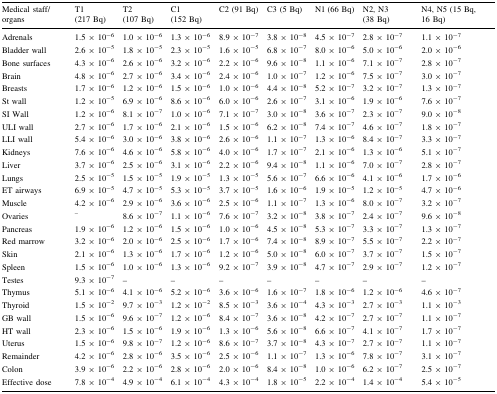
<table><thead><tr><td><b>Medical staff/organs</b></td><td><b>T1 (217 Bq)</b></td><td><b>T2 (107 Bq)</b></td><td><b>C1 (152 Bq)</b></td><td><b>C2 (91 Bq)</b></td><td><b>C3 (5 Bq)</b></td><td><b>N1 (66 Bq)</b></td><td><b>N2, N3 (38 Bq)</b></td><td><b>N4, N5 (15 Bq, 16 Bq)</b></td></tr></thead><tbody><tr><td>Adrenals</td><td>1.5 × 10<sup>−6</sup></td><td>1.0 × 10<sup>−6</sup></td><td>1.3 × 10<sup>−6</sup></td><td>8.9 × 10<sup>−7</sup></td><td>3.8 × 10<sup>−8</sup></td><td>4.5 × 10<sup>−7</sup></td><td>2.8 × 10<sup>−7</sup></td><td>1.1 × 10<sup>−7</sup></td></tr><tr><td>Bladder wall</td><td>2.6 × 10<sup>−5</sup></td><td>1.8 × 10<sup>−5</sup></td><td>2.3 × 10<sup>−5</sup></td><td>1.6 × 10<sup>−5</sup></td><td>6.8 × 10<sup>−7</sup></td><td>8.0 × 10<sup>−6</sup></td><td>5.0 × 10<sup>−6</sup></td><td>2.0 × 10<sup>−6</sup></td></tr><tr><td>Bone surfaces</td><td>4.3 × 10<sup>−6</sup></td><td>2.6 × 10<sup>−6</sup></td><td>3.2 × 10<sup>−6</sup></td><td>2.2 × 10<sup>−6</sup></td><td>9.6 × 10<sup>−8</sup></td><td>1.1 × 10<sup>−6</sup></td><td>7.1 × 10<sup>−7</sup></td><td>2.8 × 10<sup>−7</sup></td></tr><tr><td>Brain</td><td>4.8 × 10<sup>−6</sup></td><td>2.7 × 10<sup>−6</sup></td><td>3.4 × 10<sup>−6</sup></td><td>2.4 × 10<sup>−6</sup></td><td>1.0 × 10<sup>−7</sup></td><td>1.2 × 10<sup>−6</sup></td><td>7.5 × 10<sup>−7</sup></td><td>3.0 × 10<sup>−7</sup></td></tr><tr><td>Breasts</td><td>1.7 × 10<sup>−6</sup></td><td>1.2 × 10<sup>−6</sup></td><td>1.5 × 10<sup>−6</sup></td><td>1.0 × 10<sup>−6</sup></td><td>4.4 × 10<sup>−8</sup></td><td>5.2 × 10<sup>−7</sup></td><td>3.2 × 10<sup>−7</sup></td><td>1.3 × 10<sup>−7</sup></td></tr><tr><td>St wall</td><td>1.2 × 10<sup>−5</sup></td><td>6.9 × 10<sup>−6</sup></td><td>8.6 × 10<sup>−6</sup></td><td>6.0 × 10<sup>−6</sup></td><td>2.6 × 10<sup>−7</sup></td><td>3.1 × 10<sup>−6</sup></td><td>1.9 × 10<sup>−6</sup></td><td>7.6 × 10<sup>−7</sup></td></tr><tr><td>SI Wall</td><td>1.2 × 10<sup>−6</sup></td><td>8.1 × 10<sup>−7</sup></td><td>1.0 × 10<sup>−6</sup></td><td>7.1 × 10<sup>−7</sup></td><td>3.0 × 10<sup>−8</sup></td><td>3.6 × 10<sup>−7</sup></td><td>2.3 × 10<sup>−7</sup></td><td>9.0 × 10<sup>−8</sup></td></tr><tr><td>ULI wall</td><td>2.7 × 10<sup>−6</sup></td><td>1.7 × 10<sup>−6</sup></td><td>2.1 × 10<sup>−6</sup></td><td>1.5 × 10<sup>−6</sup></td><td>6.2 × 10<sup>−8</sup></td><td>7.4 × 10<sup>−7</sup></td><td>4.6 × 10<sup>−7</sup></td><td>1.8 × 10<sup>−7</sup></td></tr><tr><td>LLI wall</td><td>5.4 × 10<sup>−6</sup></td><td>3.0 × 10<sup>−6</sup></td><td>3.8 × 10<sup>−6</sup></td><td>2.6 × 10<sup>−6</sup></td><td>1.1 × 10<sup>−7</sup></td><td>1.3 × 10<sup>−6</sup></td><td>8.4 × 10<sup>−7</sup></td><td>3.3 × 10<sup>−7</sup></td></tr><tr><td>Kidneys</td><td>7.6 × 10<sup>−6</sup></td><td>4.6 × 10<sup>−6</sup></td><td>5.8 × 10<sup>−6</sup></td><td>4.0 × 10<sup>−6</sup></td><td>1.7 × 10<sup>−7</sup></td><td>2.1 × 10<sup>−6</sup></td><td>1.3 × 10<sup>−6</sup></td><td>5.1 × 10<sup>−7</sup></td></tr><tr><td>Liver</td><td>3.7 × 10<sup>−6</sup></td><td>2.5 × 10<sup>−6</sup></td><td>3.1 × 10<sup>−6</sup></td><td>2.2 × 10<sup>−6</sup></td><td>9.4 × 10<sup>−8</sup></td><td>1.1 × 10<sup>−6</sup></td><td>7.0 × 10<sup>−7</sup></td><td>2.8 × 10<sup>−7</sup></td></tr><tr><td>Lungs</td><td>2.5 × 10<sup>−5</sup></td><td>1.5 × 10<sup>−5</sup></td><td>1.9 × 10<sup>−5</sup></td><td>1.3 × 10<sup>−5</sup></td><td>5.6 × 10<sup>−7</sup></td><td>6.6 × 10<sup>−6</sup></td><td>4.1 × 10<sup>−6</sup></td><td>1.7 × 10<sup>−6</sup></td></tr><tr><td>ET airways</td><td>6.9 × 10<sup>−5</sup></td><td>4.7 × 10<sup>−5</sup></td><td>5.3 × 10<sup>−5</sup></td><td>3.7 × 10<sup>−5</sup></td><td>1.6 × 10<sup>−6</sup></td><td>1.9 × 10<sup>−5</sup></td><td>1.2 × 10<sup>−5</sup></td><td>4.7 × 10<sup>−6</sup></td></tr><tr><td>Muscle</td><td>4.2 × 10<sup>−6</sup></td><td>2.9 × 10<sup>−6</sup></td><td>3.6 × 10<sup>−6</sup></td><td>2.5 × 10<sup>−6</sup></td><td>1.1 × 10<sup>−7</sup></td><td>1.3 × 10<sup>−6</sup></td><td>8.0 × 10<sup>−7</sup></td><td>3.2 × 10<sup>−7</sup></td></tr><tr><td>Ovaries</td><td><sup>–</sup></td><td>8.6 × 10<sup>−7</sup></td><td>1.1 × 10<sup>−6</sup></td><td>7.6 × 10<sup>−7</sup></td><td>3.2 × 10<sup>−8</sup></td><td>3.8 × 10<sup>−7</sup></td><td>2.4 × 10<sup>−7</sup></td><td>9.6 × 10<sup>−8</sup></td></tr><tr><td>Pancreas</td><td>1.9 × 10<sup>−6</sup></td><td>1.2 × 10<sup>−6</sup></td><td>1.5 × 10<sup>−6</sup></td><td>1.0 × 10<sup>−6</sup></td><td>4.5 × 10<sup>−8</sup></td><td>5.3 × 10<sup>−7</sup></td><td>3.3 × 10<sup>−7</sup></td><td>1.3 × 10<sup>−7</sup></td></tr><tr><td>Red marrow</td><td>3.2 × 10<sup>−6</sup></td><td>2.0 × 10<sup>−6</sup></td><td>2.5 × 10<sup>−6</sup></td><td>1.7 × 10<sup>−6</sup></td><td>7.4 × 10<sup>−8</sup></td><td>8.9 × 10<sup>−7</sup></td><td>5.5 × 10<sup>−7</sup></td><td>2.2 × 10<sup>−7</sup></td></tr><tr><td>Skin</td><td>2.1 × 10<sup>−6</sup></td><td>1.3 × 10<sup>−6</sup></td><td>1.7 × 10<sup>−6</sup></td><td>1.2 × 10<sup>−6</sup></td><td>5.0 × 10<sup>−8</sup></td><td>6.0 × 10<sup>−7</sup></td><td>3.7 × 10<sup>−7</sup></td><td>1.5 × 10<sup>−7</sup></td></tr><tr><td>Spleen</td><td>1.5 × 10<sup>−6</sup></td><td>1.0 × 10<sup>−6</sup></td><td>1.3 × 10<sup>−6</sup></td><td>9.2 × 10<sup>−7</sup></td><td>3.9 × 10<sup>−8</sup></td><td>4.7 × 10<sup>−7</sup></td><td>2.9 × 10<sup>−7</sup></td><td>1.2 × 10<sup>−7</sup></td></tr><tr><td>Testes</td><td>9.3 × 10<sup>−7</sup></td><td>–</td><td>–</td><td>–</td><td>–</td><td>–</td><td>–</td><td>–</td></tr><tr><td>Thymus</td><td>5.1 × 10<sup>−6</sup></td><td>4.1 × 10<sup>−6</sup></td><td>5.2 × 10<sup>−6</sup></td><td>3.6 × 10<sup>−6</sup></td><td>1.6 × 10<sup>−7</sup></td><td>1.8 × 10<sup>−6</sup></td><td>1.2 × 10<sup>−6</sup></td><td>4.6 × 10<sup>−7</sup></td></tr><tr><td>Thyroid</td><td>1.5 × 10<sup>−2</sup></td><td>9.7 × 10<sup>−3</sup></td><td>1.2 × 10<sup>−2</sup></td><td>8.5 × 10<sup>−3</sup></td><td>3.6 × 10<sup>−4</sup></td><td>4.3 × 10<sup>−3</sup></td><td>2.7 × 10<sup>−3</sup></td><td>1.1 × 10<sup>−3</sup></td></tr><tr><td>GB wall</td><td>1.5 × 10<sup>−6</sup></td><td>9.6 × 10<sup>−7</sup></td><td>1.2 × 10<sup>−6</sup></td><td>8.4 × 10<sup>−7</sup></td><td>3.6 × 10<sup>−8</sup></td><td>4.2 × 10<sup>−7</sup></td><td>2.7 × 10<sup>−7</sup></td><td>1.1 × 10<sup>−7</sup></td></tr><tr><td>HT wall</td><td>2.3 × 10<sup>−6</sup></td><td>1.5 × 10<sup>−6</sup></td><td>1.9 × 10<sup>−6</sup></td><td>1.3 × 10<sup>−6</sup></td><td>5.6 × 10<sup>−8</sup></td><td>6.6 × 10<sup>−7</sup></td><td>4.1 × 10<sup>−7</sup></td><td>1.7 × 10<sup>−7</sup></td></tr><tr><td>Uterus</td><td>1.5 × 10<sup>−6</sup></td><td>9.8 × 10<sup>−7</sup></td><td>1.2 × 10<sup>−6</sup></td><td>8.6 × 10<sup>−7</sup></td><td>3.7 × 10<sup>−8</sup></td><td>4.3 × 10<sup>−7</sup></td><td>2.7 × 10<sup>−7</sup></td><td>1.1 × 10<sup>−7</sup></td></tr><tr><td>Remainder</td><td>4.2 × 10<sup>−6</sup></td><td>2.8 × 10<sup>−6</sup></td><td>3.5 × 10<sup>−6</sup></td><td>2.5 × 10<sup>−6</sup></td><td>1.1 × 10<sup>−7</sup></td><td>1.3 × 10<sup>−6</sup></td><td>7.8 × 10<sup>−7</sup></td><td>3.1 × 10<sup>−7</sup></td></tr><tr><td>Colon</td><td>3.9 × 10<sup>−6</sup></td><td>2.2 × 10<sup>−6</sup></td><td>2.8 × 10<sup>−6</sup></td><td>2.0 × 10<sup>−6</sup></td><td>8.4 × 10<sup>−8</sup></td><td>1.0 × 10<sup>−6</sup></td><td>6.2 × 10<sup>−7</sup></td><td>2.5 × 10<sup>−7</sup></td></tr><tr><td>Effective dose</td><td>7.8 × 10<sup>−4</sup></td><td>4.9 × 10<sup>−4</sup></td><td>6.1 × 10<sup>−4</sup></td><td>4.3 × 10<sup>−4</sup></td><td>1.8 × 10<sup>−5</sup></td><td>2.2 × 10<sup>−4</sup></td><td>1.4 × 10<sup>−4</sup></td><td>5.4 × 10<sup>−5</sup></td></tr></tbody></table>